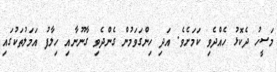
މަސީހު ދެކޮޅު ހެއްދެވި ކަމަށެވެ. އަދި ހިންގަވަމުން ގެންދެވި ގާނޫނާއި ހިލާފު އަމަލުތަކުގައި